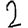
Digit: 2